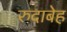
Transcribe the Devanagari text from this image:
रुदाबेह